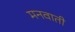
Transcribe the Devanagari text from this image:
मनवाती